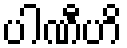
ပါဏီဟိ